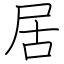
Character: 居